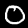
Digit: 0